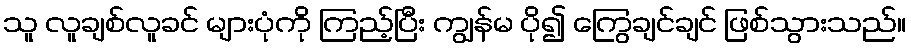
သူ လူချစ်လူခင် များပုံကို ကြည့်ပြီး ကျွန်မ ပို၍ ကြွေချင်ချင် ဖြစ်သွားသည်။